Plague in India, 1896, 1897 - Volume 3
Year: 1896
Disease focus: Plague
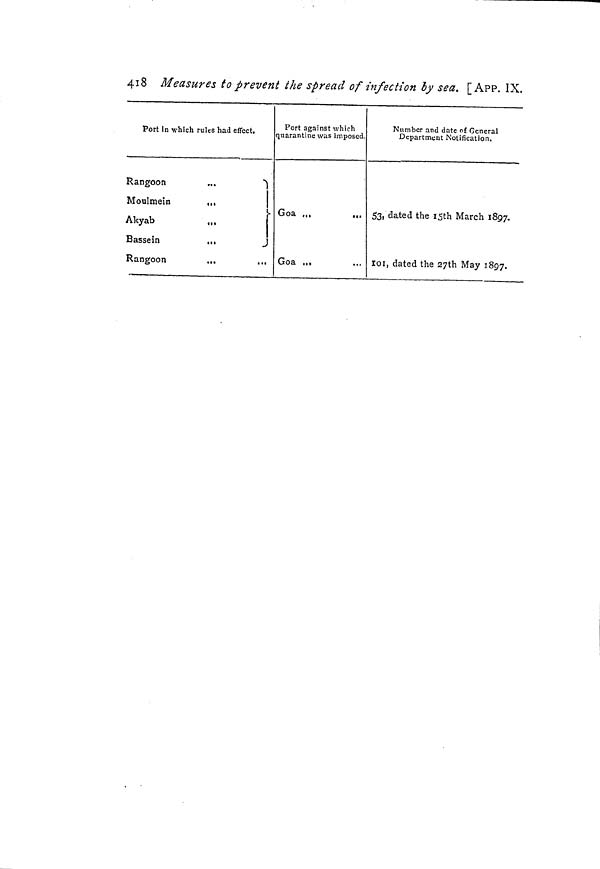
4i8 Measures to prevent ¿he spread of infection by sea. [APP. IX.
Port in which rules had effect.
Rangoon
.,.
")
AI
l.
\
Akyab
,,,
I
Bassein
...
J
Rangoon
.,,
,.,
Port against which
quarantine was imposed.
Goa „,
Goa ...
Number and date of General
Department Notification,
53, dated the iSth March 1897.
loi, dated the 27th May 1897.